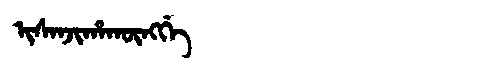
Manchu: ᡳᠰᠠᠨᠵᡳᡥᠠᡴᡡᠩᡤᡝ
Romanization: ISANJIHAKŪNGGE